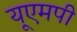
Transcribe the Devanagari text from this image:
यूएमपी